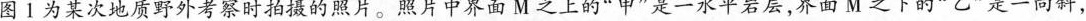
图1为某次地质野外考察时拍摄的照片。照片中界面M之上的”甲”是一水平岩层，界面M之下的”乙”是一向斜，